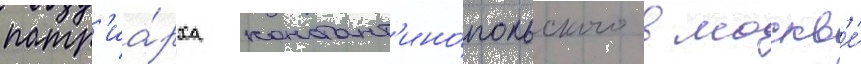
патр'иа́рха констант'ино́польского в москв'е́